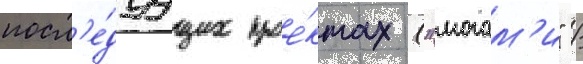
посл'е́дуущих прое́ктах ("могам'и" /